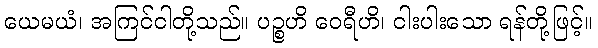
ယေမယံ၊ အကြင်ငါတို့သည်။ ပဉ္စဟိ ဝေရီဟိ၊ ငါးပါးသော ရန်တို့ဖြင့်။